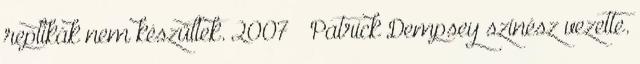
replikák nem készültek. 2007 – Patrick Dempsey színész vezette.